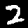
Label: 2